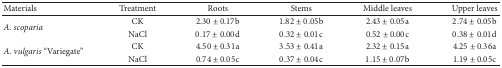
<table><thead><tr><td><b>Materials</b></td><td><b>Treatment</b></td><td><b>Roots</b></td><td><b>Stems</b></td><td><b>Middle leaves</b></td><td><b>Upper leaves</b></td></tr></thead><tbody><tr><td rowspan="2"><i>A. scoparia </i></td><td>CK</td><td>2.30 ± 0.17b</td><td>1.82 ± 0.05b</td><td>2.43 ± 0.05a</td><td>2.74 ± 0.05b</td></tr><tr><td>NaCl</td><td>0.17 ± 0.00d</td><td>0.32 ± 0.01c</td><td>0.52 ± 0.00c</td><td>0.38 ± 0.01d</td></tr><tr><td rowspan="2"><i>A. vulgaris </i>“Variegate”</td><td>CK</td><td>4.50 ± 0.31a</td><td>3.53 ± 0.41a</td><td>2.32 ± 0.15a</td><td>4.25 ± 0.36a</td></tr><tr><td>NaCl</td><td>0.74 ± 0.05c</td><td>0.37 ± 0.04c</td><td>1.15 ± 0.07b</td><td>1.19 ± 0.05c</td></tr></tbody></table>